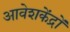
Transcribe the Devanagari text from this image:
आवेशकेंद्रों